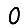
Digit: 0